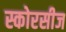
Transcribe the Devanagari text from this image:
स्कोरसीज